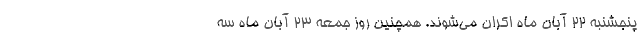
پنجشنبه ۲۲ آبان ماه اکران می‌شوند. همچنین روز جمعه ۲۳ آبان ماه سه